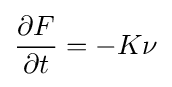
{\frac {\partial F}{\partial t}}=-K\nu